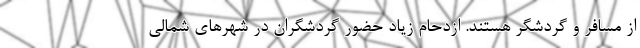
از مسافر و گردشگر هستند. ازدحام زیاد حضور گردشگران در شهرهای شمالی